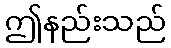
ဤနည်းသည်